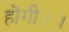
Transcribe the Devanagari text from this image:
होंगी।।